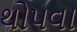
થોપવા